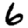
Digit: 6